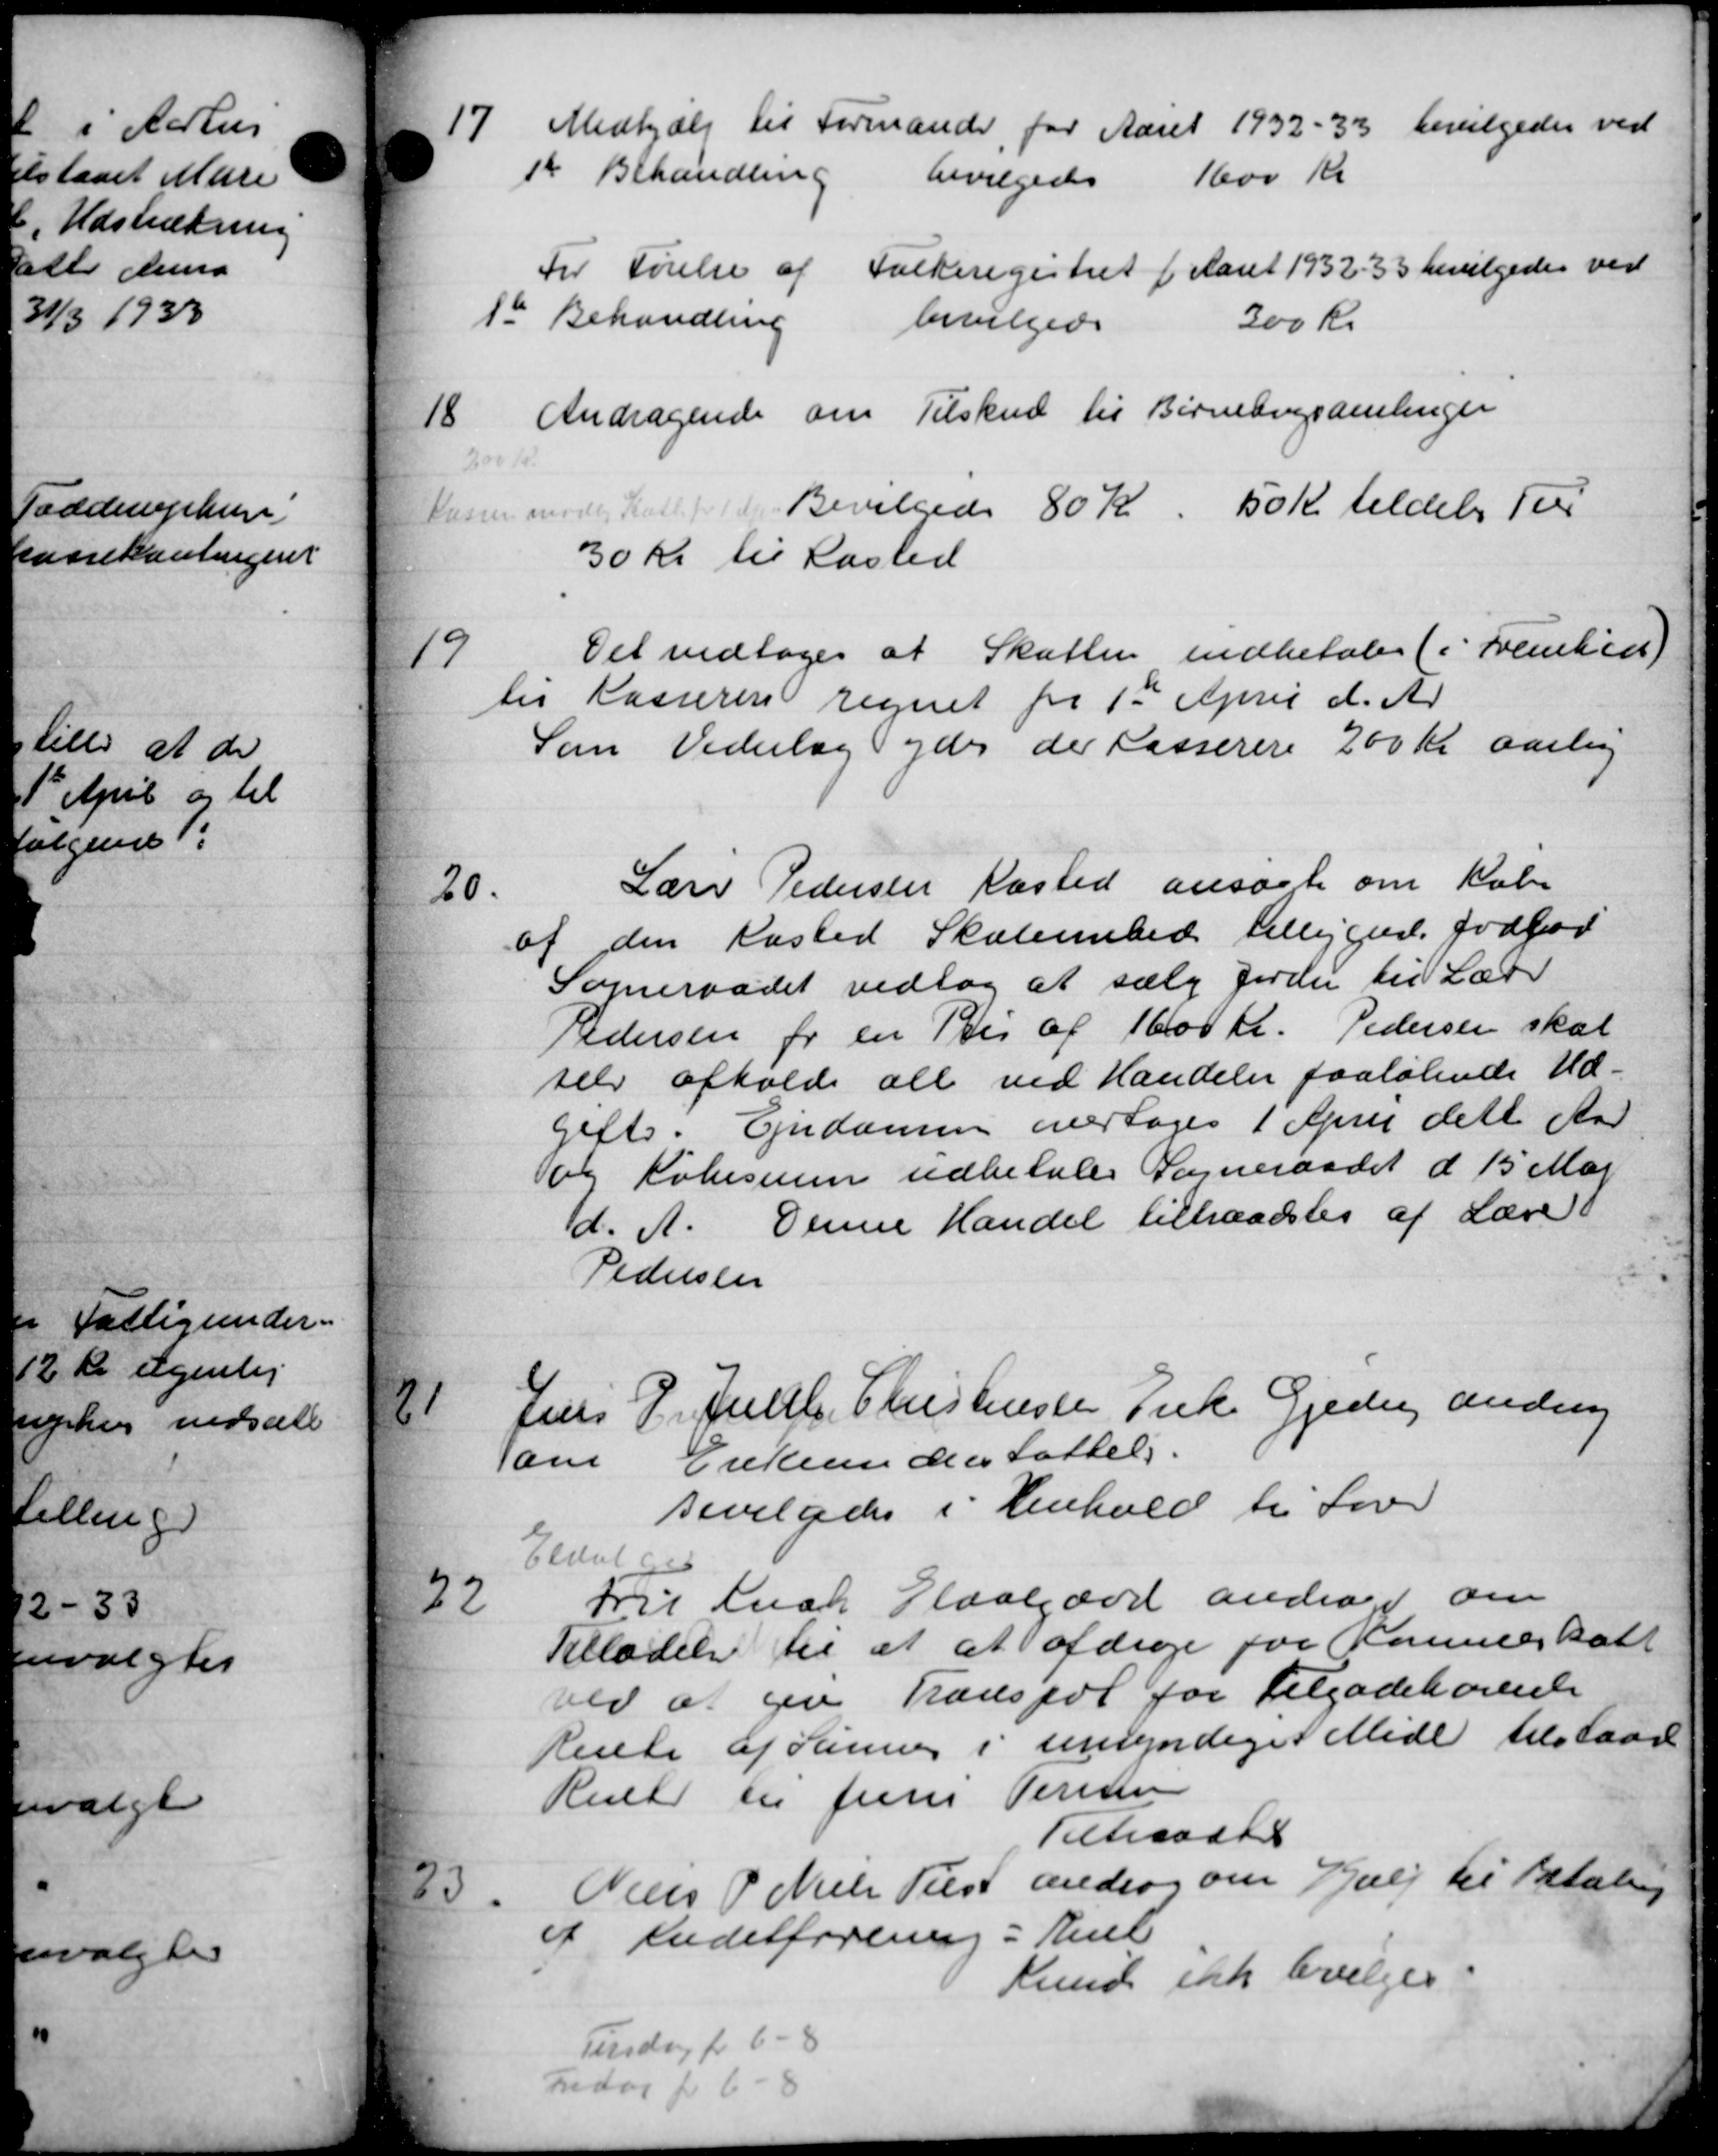
Transskription:
17
Medhjælp til Formander for Aaret 1932 - 33 bevilgedes ved
st Behandling
bevilgedes 1600 Kr
Til Førelse af Folkeregistret f Aaret 1932-33 bevilgedes ved
1st Behandling
200 kr.
bevilgede
18.
Andragende om Tilskud til Børnebogsamlinger
200 Kr.
Russen mødte Kort f. Bevilgede 80 Kr. 50 Kr. tildeles Ter
30 Kr. til Lasted
19
Det vedtoges at Skatten indbetale (i Fremlen)
til Kasseren regnet fra 1st April d. Ar
Som Vederlag ydes der Kasserere 200 Kr aarlig
20.
Lærer Pedersen Kasted ansøgte om Købe
af den Kasted Skolemhed tilligede forhør
Sogneraadet vedtog at sælg Jorde til Lærer
Pedersen for en Pris af 1600 Kr. Pedersen skal
selv afholde alt ved Handeler paaløbende Ud-
gifts. Ejendomme overtages 1 April delt Aar
og Købesum udbetales Sogneraadet d 15 Maj
d. A. Denne Handel tiltraadtes af Lære
Pedersen
21
Jens P. Juelh. Christensen Enke Gjede andrag
Tam Enkeunderstøttels
Bevilgedes i Henhold til Lov
Evalges
22
Frit Laan Slaalgard andrager om
Tilladelse til at at afdrage for Kommuneskatt
ved at give Transpol for Tilgodehovede
Rente af denne i umyndige Tillede tilstaaet
Rester til Jens Persen
Tiltraadte
23
Niels P Niels Tilst androg om Hjælp til Betaling
af Kreditforening i Kiel
Knud ikke bevilges.
Tirsdag for 6 - 8
Fredag for 6 - 8